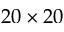
2 0 \times 2 0